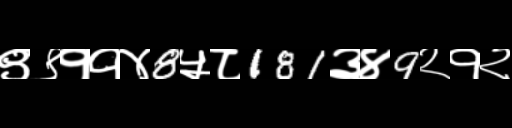
Text: ९९११४8५८181३४9२१२